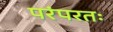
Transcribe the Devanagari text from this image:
परंपरतः